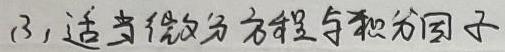
(3) 适当微分方程与积分因子